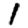
Digit: 1